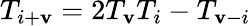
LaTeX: T_{i+\mathbf{v}}=2T_{\mathbf{v}}T_{i}-T_{\mathbf{v}-i}